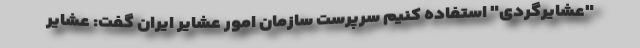
"عشایرگردی" استفاده کنیم سرپرست سازمان امور عشایر ایران گفت: عشایر